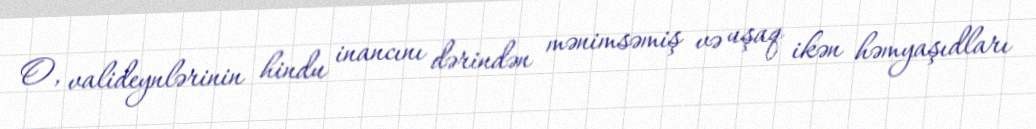
O, valideynlərinin hindu inancını dərindən mənimsəmiş və uşaq ikən həmyaşıdları